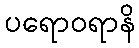
ပရောဝရာနိ